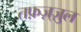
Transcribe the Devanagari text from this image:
तफ़ज़्ज़ुल